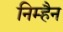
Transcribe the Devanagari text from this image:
निम्हैन